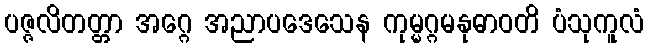
ပဇ္ဇလိတတ္တာ အဂ္ဂေ အညာပဒေသေန ကုမ္မဂ္ဂမနုဓာဝတိ ပံသုကူလံ